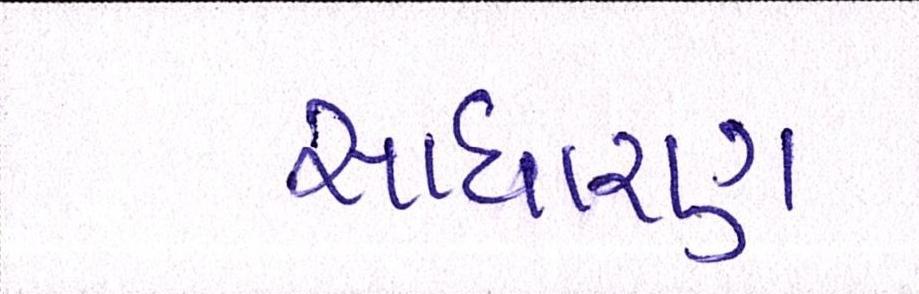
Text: સાધારણ